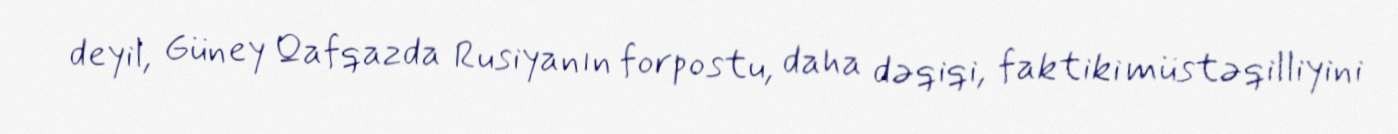
deyil, Güney Qafqazda Rusiyanın forpostu, daha dəqiqi, faktiki müstəqilliyini